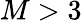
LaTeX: M>3